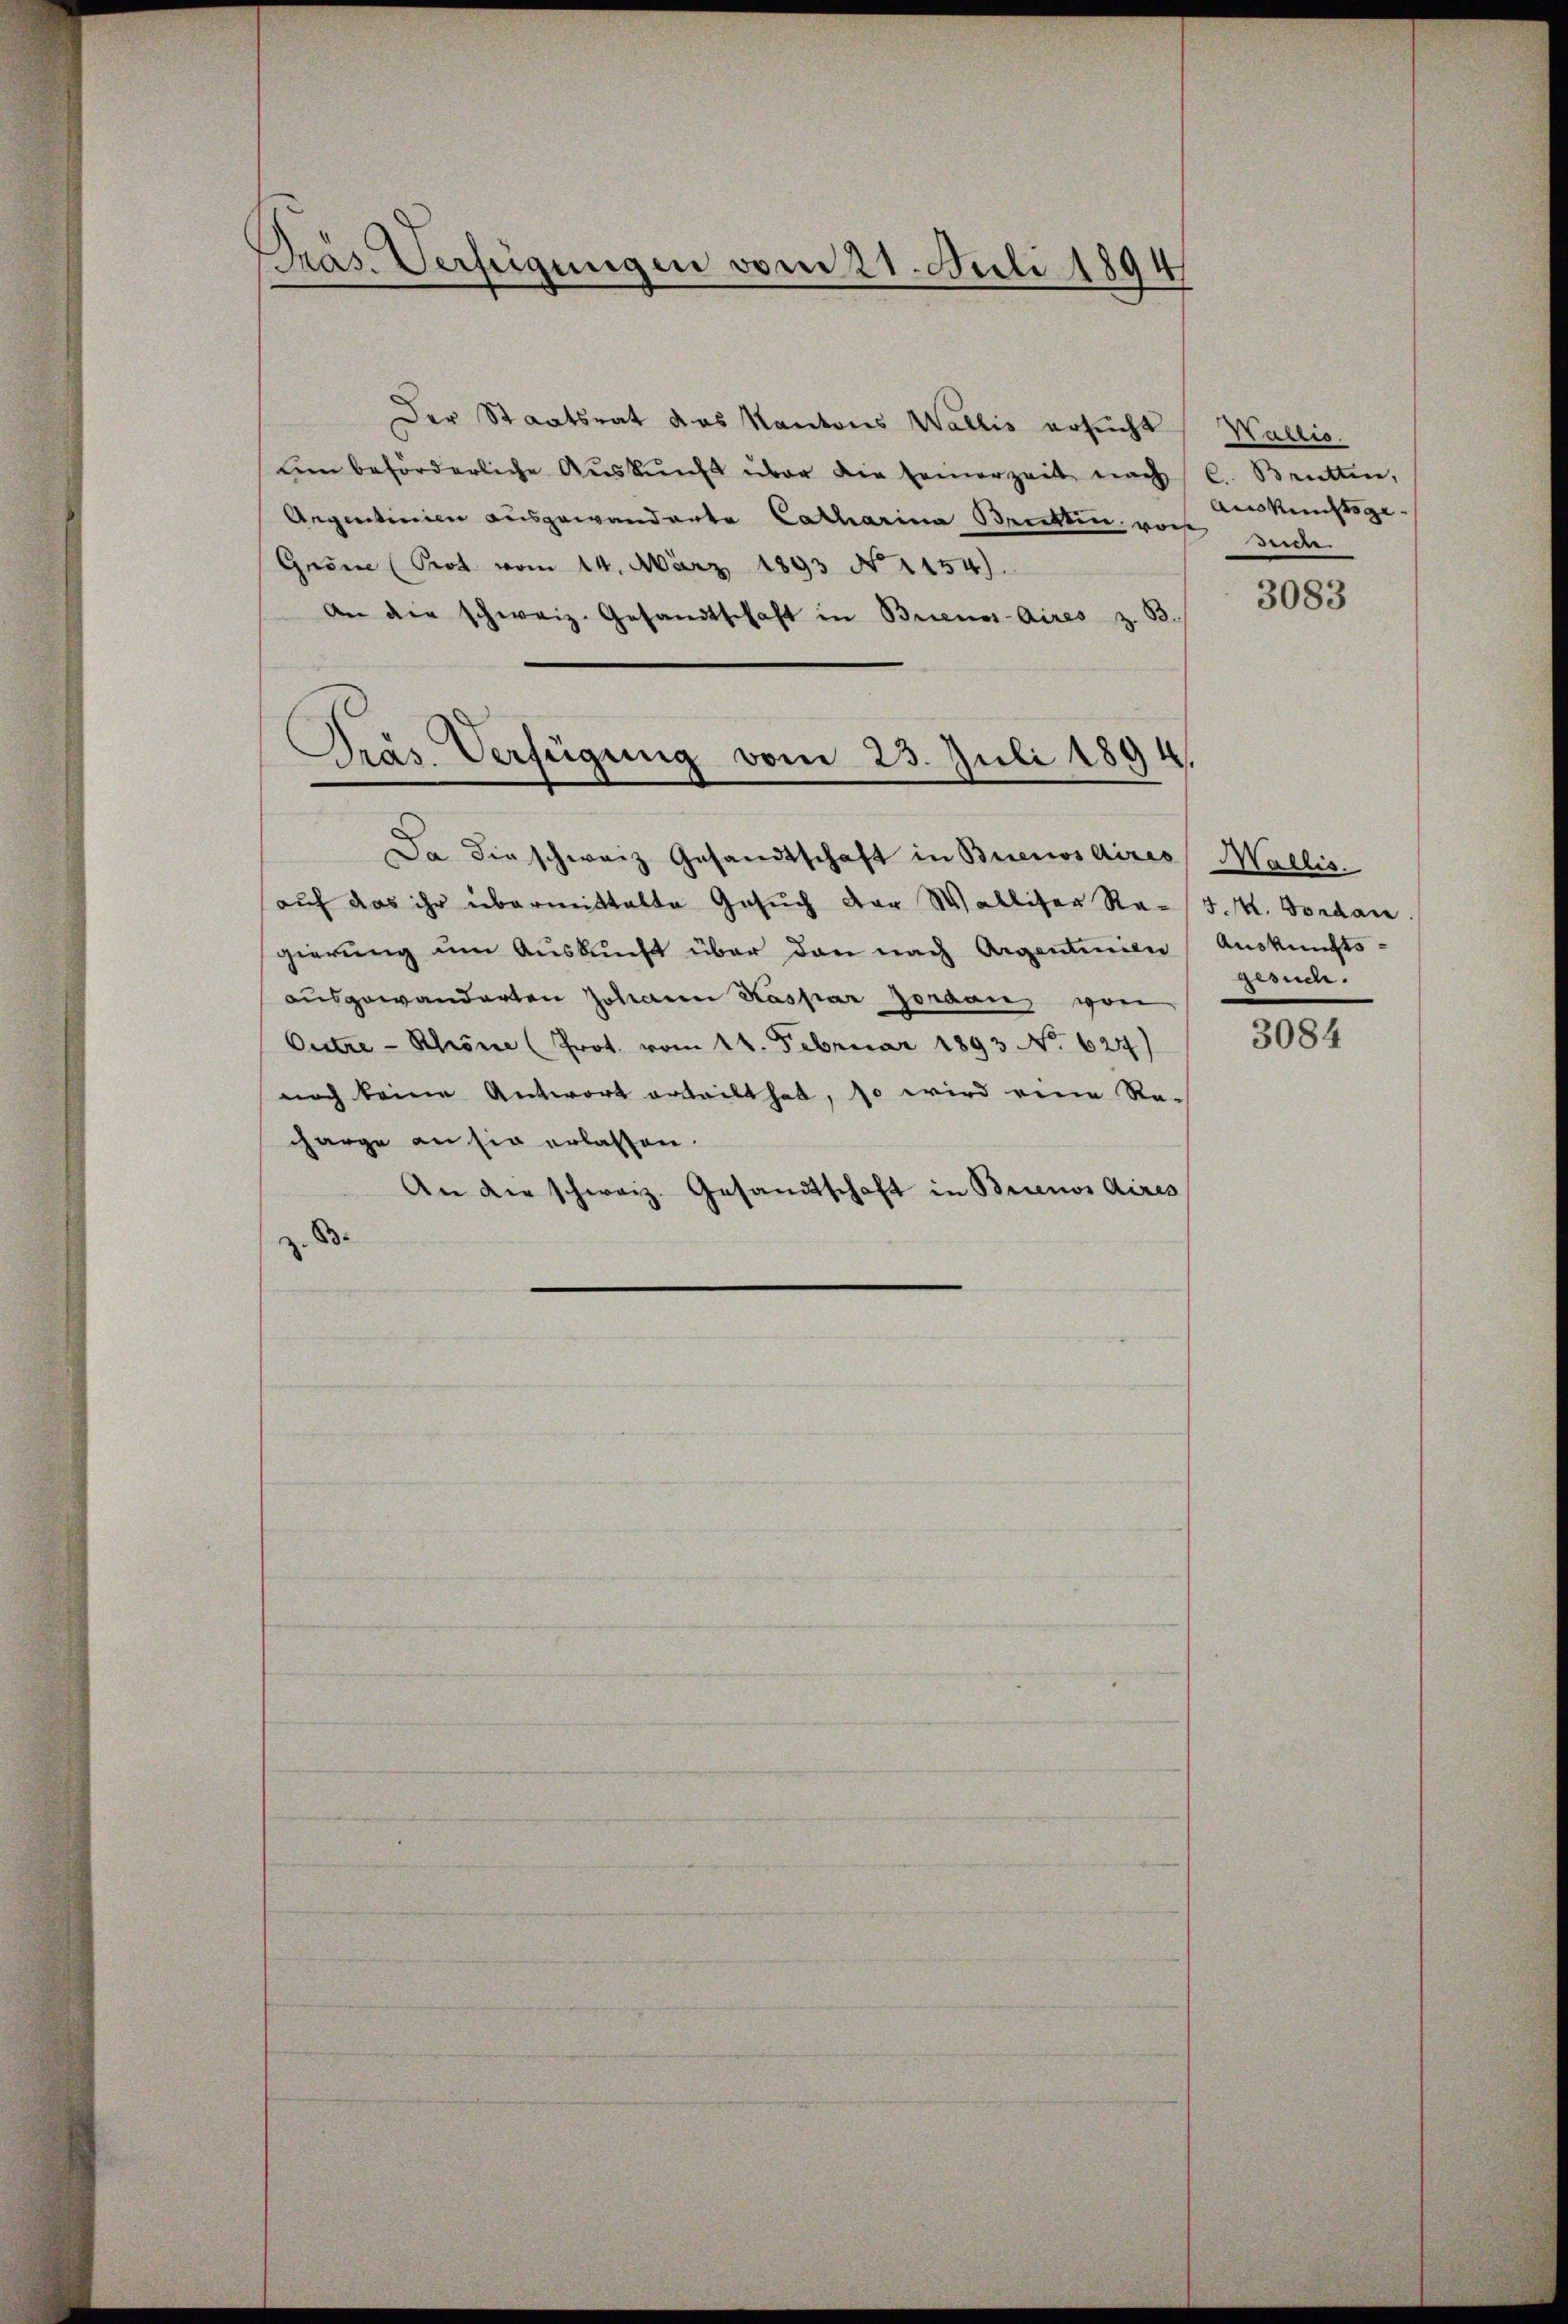
Präs. Verfügungen vom 21. Juli 1894

Der Staatsrat das Kantons Wallis ersucht Wallis.
um beförderliche Aŭskŭnft über die Feinerzeit nach C. Brütten,
Aegentinien ausgewanderte Catharina Brattin vor zude
Gnone (Prot vom 14. März 1893 No 1154).
An die schweiz. Gesandtschaft in Brienos-Aires z. B.
Da die schweiz Gesandtschaft in Buenosaires Wallis.
auf das ihr übermittelte Gesuch der Walliser Re-J.M. Vordan
gierung um Auskunft über den nach Argentinien Auskunfts-
ausgewanderten Johann Kaspar Jordan, von
Outre - Schöne (Prot. vom 14. Februar 1893 No 624)
noch keine Antwort ertheilt hat, so wird eine Re-
charge an sie erlassen.
An die schweiz. Gesandtschaft in Brienos Aires
z. B.

Pras. Verfügung vom 23. Juli 1894.

Ainkunftge¬

3083

gesuche.

3084